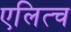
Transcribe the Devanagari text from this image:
एलित्च